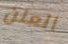
العلن